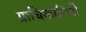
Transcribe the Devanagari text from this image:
प्राधिकारिणी